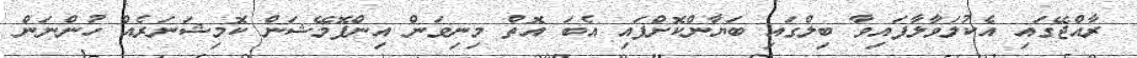
ރާއްޖޭގައި އެކުލަވާލާފައިވާ ބިލްގައި ބަޔާންކޮށްފައި އެބަ އޮތް މިނިވަން އިންފޮމޭޝަން ކޮމިޝަނަރެއް ހުންނަން